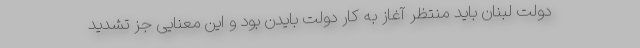
دولت لبنان باید منتظر آغاز به کار دولت بایدن بود و این معنایی جز تشدید